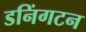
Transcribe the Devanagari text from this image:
डनिंगटन